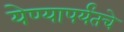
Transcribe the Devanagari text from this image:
येण्यापर्यंतचे